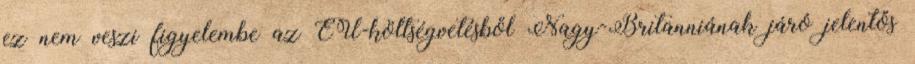
ez nem veszi figyelembe az EU-költségvetésből Nagy-Britanniának járó jelentős